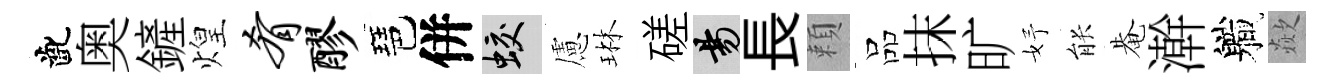
齔奥鏟煌肴醪琶併蛟慮琳磋昜長頼品抹旷妤䏻𤲅澣軄歘